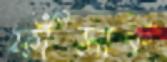
ফাঁসাক